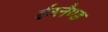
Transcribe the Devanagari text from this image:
ईंग्लैण्ड